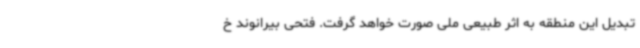
تبدیل این منطقه به اثر طبیعی ملی صورت خواهد گرفت. فتحی بیرانوند خ